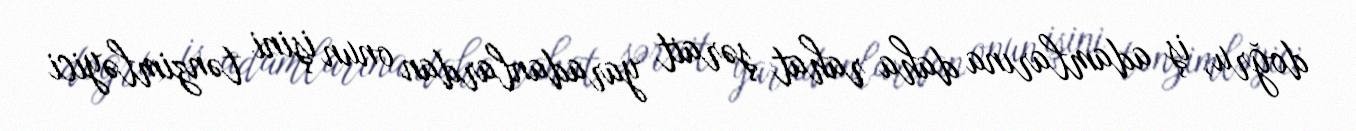
doğru, iş adamlarına daha rahat şərait yaradanlardan onun işini tənzimləyici